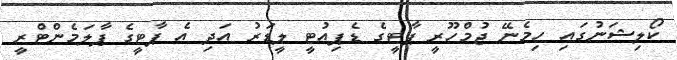
ކޯލިޝަނުގައި ހިމެނޭ ޖުމްހޫރީ ޕާޓީގެ ޑެޕިއުޓީ ލީޑަރު އަދި އެ ޕާޓީގެ ޕާލަމެންޓްރީ